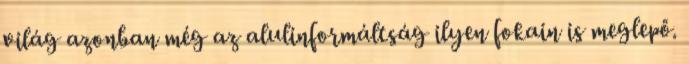
világ azonban még az alulinformáltság ilyen fokain is meglepő.